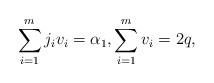
LaTeX: \begin{align*}\sum_{i=1}^{m} j_iv_i = \alpha_1, \sum_{i=1}^{m} v_i =2q,\end{align*}